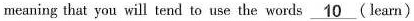
meaning that you will tend to use the words \underline{10} (learn)